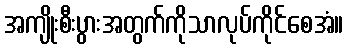
အကျိုးစီးပွားအတွက်ကိုသာလုပ်ကိုင်စေအံ။